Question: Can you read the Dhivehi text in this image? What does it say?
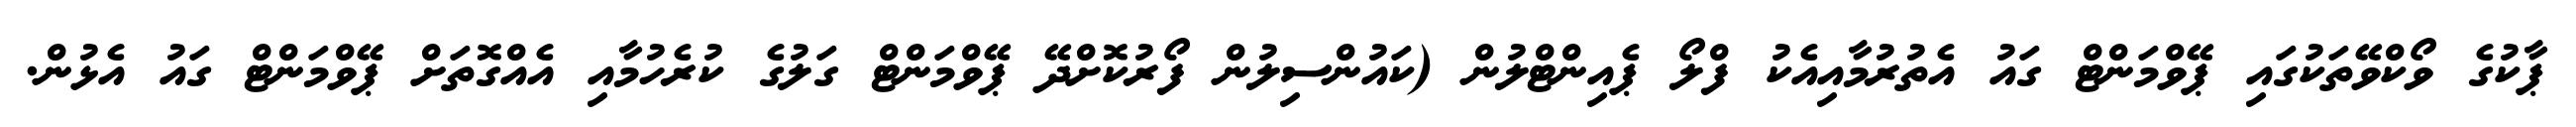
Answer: ޕާކުގެ ވޯކްވޭތަކުގައި ޕޭވްމަންޓް ގައު އެތުރުމާއިއެކު ފްލޯ ޕެއިންޓްލުން (ކައުންސިލުން ފޯރުކޮށްދޭ ޕޭވްމަންޓް ގަލުގެ ކުރެހުމާއި އެއްގޮތަށް ޕޭވްމަންޓް ގައު އެޅުން.